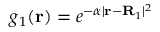
g _ { 1 } ( \mathbf r ) = e ^ { - \alpha | \mathbf r - \mathbf R _ { 1 } | ^ { 2 } }